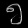
Digit: ၅